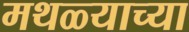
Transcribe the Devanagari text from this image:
मथळ्याच्या